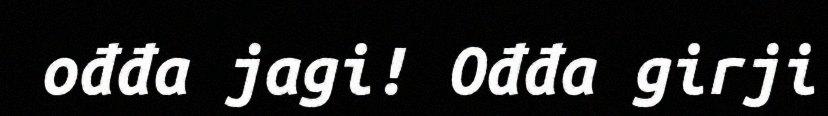
ođđa jagi! Ođđa girji